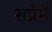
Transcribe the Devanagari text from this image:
सप्रेमें